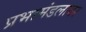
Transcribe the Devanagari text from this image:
प्रभामंडलावर